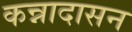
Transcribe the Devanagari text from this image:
कन्नादासन